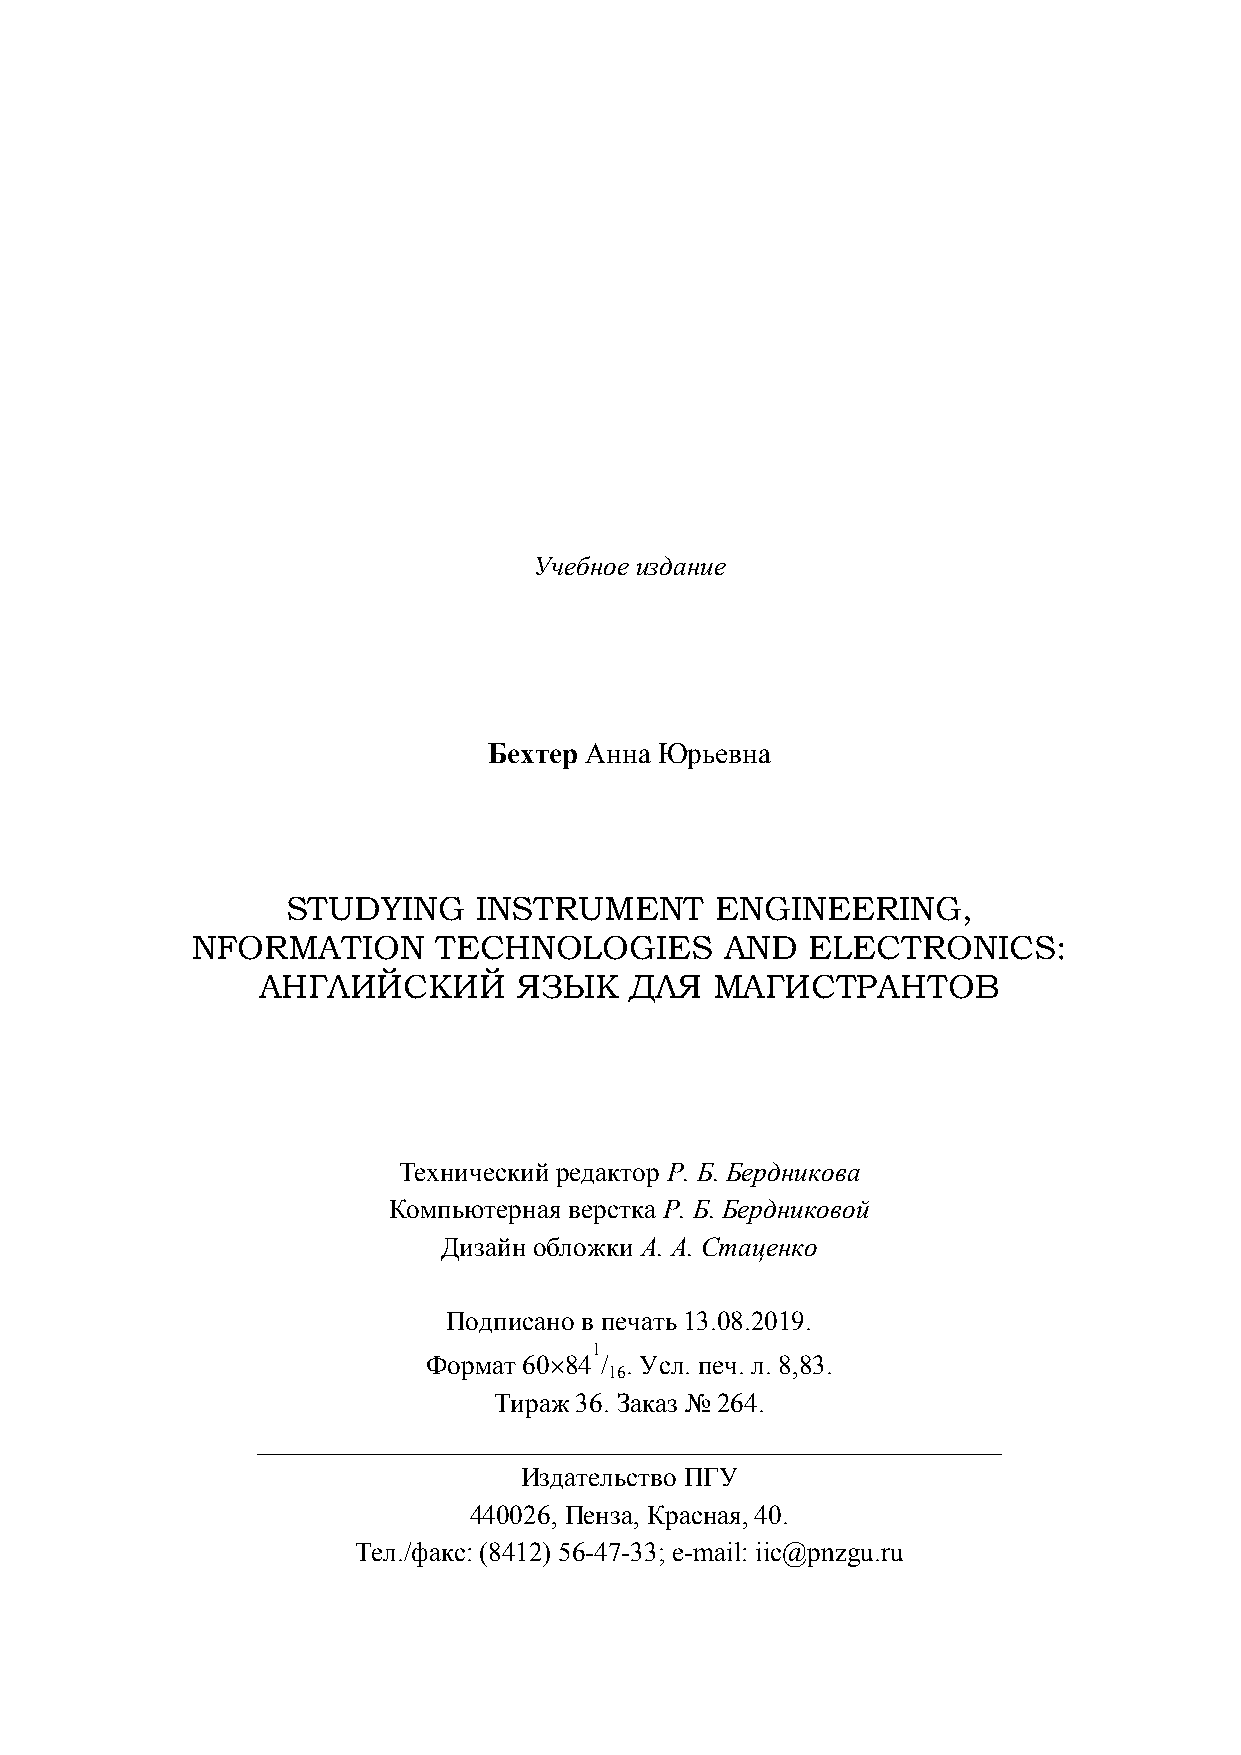
Учебное издание
 Бехтер Анна Юрьевна
 STUDYING     INSTRUMENT     ENGINEERING,
 NFORMATION      TECHNOLOGIES       AND   ELECTRONICS:
 АНГЛИЙСКИЙ       ЯЗЫК    ДЛЯ  МАГИСТРАНТОВ
 Технический редактор Р. Б. Бердникова
 Компьютерная верстка Р. Б. Бердниковой
 Дизайн обложки А. А. Стаценко
 Подписано в печать 13.08.2019.
 1
 Формат 6084 / . Усл. печ. л. 8,83.
 16
 Тираж 36. Заказ № 264.
 _______________________________________________________
 Издательство ПГУ
 440026, Пенза, Красная, 40.
 Тел./факс: (8412) 56-47-33; e-mail: iic@pnzgu.ru
 151